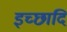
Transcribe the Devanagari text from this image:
इच्छादि